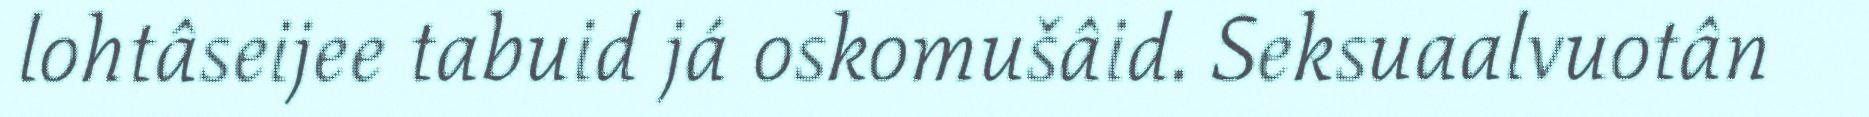
lohtâseijee tabuid já oskomušâid. Seksuaalvuotân